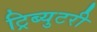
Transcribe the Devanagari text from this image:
ट्रिब्युटरी